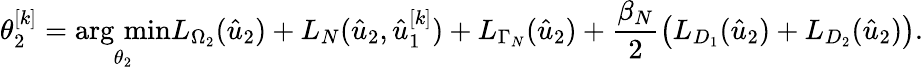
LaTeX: \theta_{2}^{[k]}=\operatorname*{arg\, min}_{\theta_{2}}L_{\Omega_{2}}(\hat{u}_{2})+L_{N}(\hat{u}_{2},\hat{u}_{1}^{[k]})+L_{\Gamma_{N}}(\hat{u}_{2})+\frac{\beta_{N}}{2}\left(L_{D_{1}}(\hat{u}_{2})+L_{D_{2}}(\hat{u}_{2})\right).